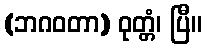
(ဘဂဝတာ) ဝုတ္တံ၊ ပြီ။